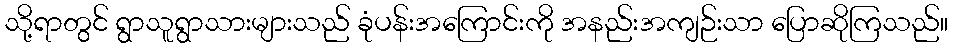
သို့ရာတွင် ရွာသူရွာသားများသည် ခုံပန်းအကြောင်းကို အနည်းအကျဉ်းသာ ပြောဆိုကြသည်။